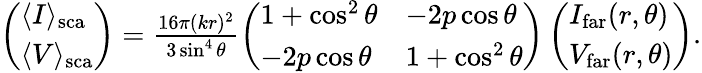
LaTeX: \begin{array}{r}{\left(\begin{array}{l}{\langle I\rangle_{\mathrm{sca}}}\\ {\langle V\rangle_{\mathrm{sca}}}\end{array}\right)=\frac{16\pi(kr)^{2}}{3\sin^{4}\theta}\left(\begin{array}{ll}{1+\cos^{2}\theta}&{-2p\cos\theta}\\ {-2p\cos\theta}&{1+\cos^{2}\theta}\end{array}\right)\left(\begin{array}{l}{I_{\mathrm{far}}(r,\theta)}\\ {V_{\mathrm{far}}(r,\theta)}\end{array}\right).}\end{array}